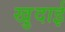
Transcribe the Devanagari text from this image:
खु़दाई